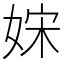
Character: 𡜻